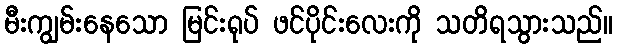
မီးကျွမ်းနေသော မြင်းရုပ် ဖင်ပိုင်းလေးကို သတိရသွားသည်။